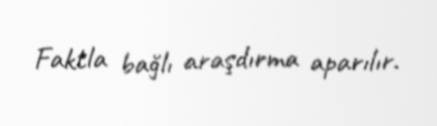
Faktla bağlı araşdırma aparılır.